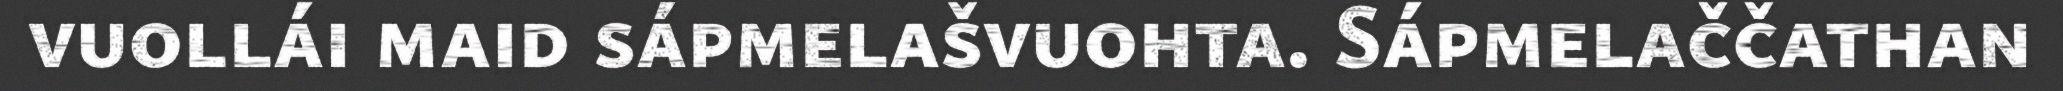
vuollái maid sápmelašvuohta. Sápmelaččathan